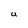
Character: U